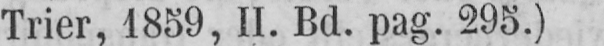
Trier, 1859, II. Bd. pag. 295.)